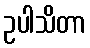
ဥပါသိတာ